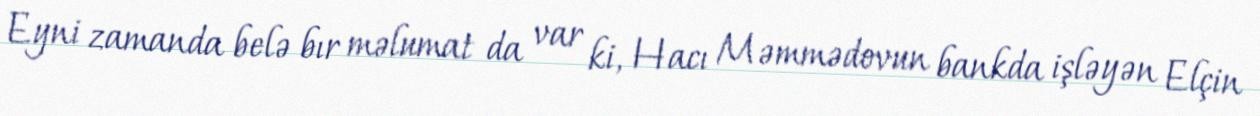
Eyni zamanda belə bır məlumat da var ki, Hacı Məmmədovun bankda işləyən Elçin